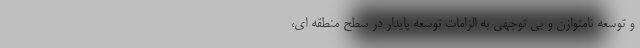
و توسعه نامتوازن و بی توجهی به الزامات توسعه پایدار در سطح منطقه ای،